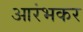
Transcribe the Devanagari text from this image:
आरंभकर